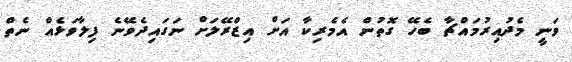
ވަނީ މެދުއިރުމައްޗާ ބެހޭ ގޮތުން އެމެރިކާ އަށް އިޒްރޭލަށް ނަގައިދެވޭނެ ފިލާވަޅެއް ނެތް